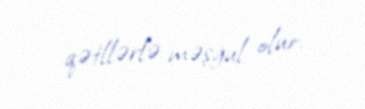
qətllərlə məşğul olur.